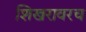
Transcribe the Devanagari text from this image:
शिखरावरच